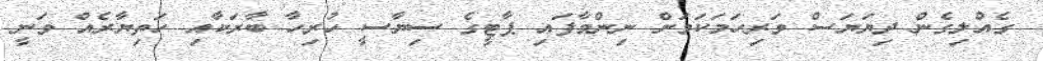
ގެއްލިގެން ދިޔަޔަސް ވަރިހަމަކަމަށް ނިންމާފައި ޕާޓީގެ ސިޔާސީ ހުރިހާ ބާރަކާއި ހަތިޔާރެއް ވަަނީ